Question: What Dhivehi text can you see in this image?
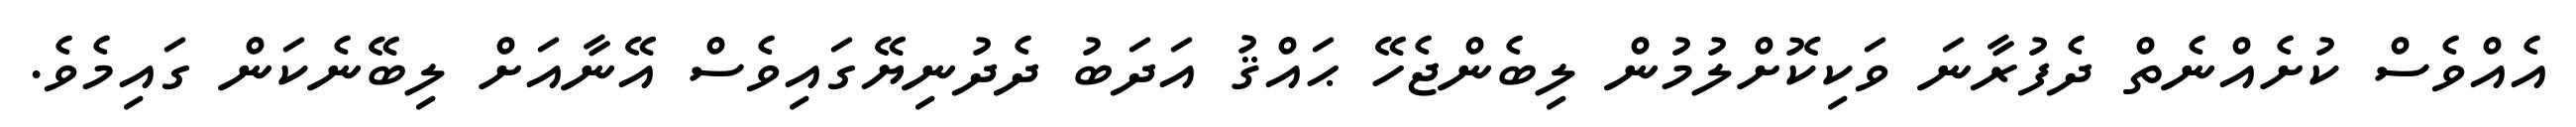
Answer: އެއްވެސް ކުށެއްނެތް ދެފުރާނަ ވަކިކޮށްލުމުން ލިބެންޖެހޭ ޙައްޤު އަދަބު ދެދުނިޔޭގައިވެސް އޭނާއަށް ލިބޭނެކަން ގައިމެވެ.